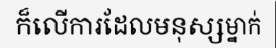
ក៏លើការដែលមនុស្សម្នាក់